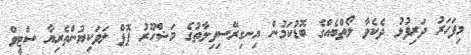
މިފަހަރު ދަރިފުޅު ދެކެވާ ލޯތްބެއްގެ ބޮޑުކަމުން އިނގިރޭސިވިލާތުގެ މަޝްހޫރު ޕޮޕް ލަވަކިޔުންތެރިޔާ ސްޓީވް